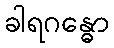
ခါရဂန္ဓော